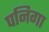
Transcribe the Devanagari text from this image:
पनिगा